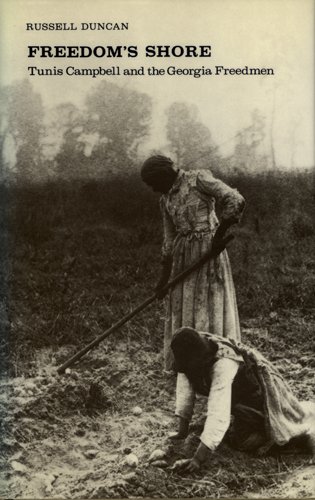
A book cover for Freedom's Shore: Tunis Campbell and the Georgia Freedmen (Brown Thrasher Books); Russell Duncan; History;